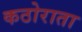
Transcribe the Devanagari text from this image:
कठोराता